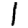
Digit: 1